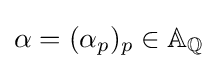
\alpha =(\alpha _{p})_{p}\in \mathbb {A} _{\mathbb {Q} }